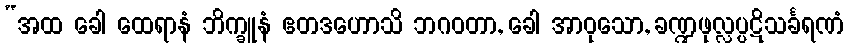
“အထ ခေါ ထေရာနံ ဘိက္ခူနံ ဧတဒဟောသိ ဘဂဝတာ, ခေါ အာဝုသော, ခဏ္ဍဖုလ္လပ္ပဋိသင်္ခရဏံ